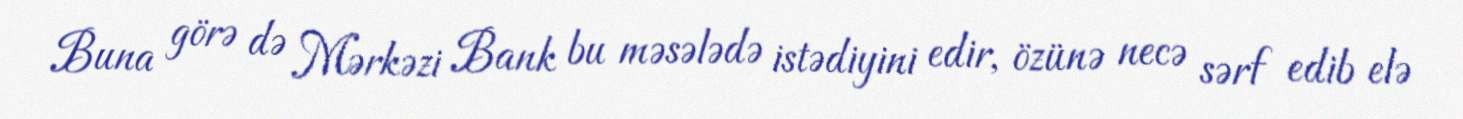
Buna görə də Mərkəzi Bank bu məsələdə istədiyini edir, özünə necə sərf edib elə